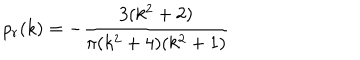
\rho _ { r } ( k ) = - { \frac { 3 ( k ^ { 2 } + 2 ) } { \pi ( k ^ { 2 } + 4 ) ( k ^ { 2 } + 1 ) } }